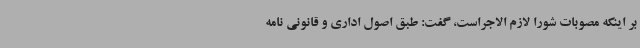
بر اینکه مصوبات شورا لازم الاجراست، گفت: طبق اصول اداری و قانونی نامه